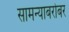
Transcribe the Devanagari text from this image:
सामन्याबरोबर